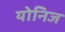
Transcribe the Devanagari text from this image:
योनिज